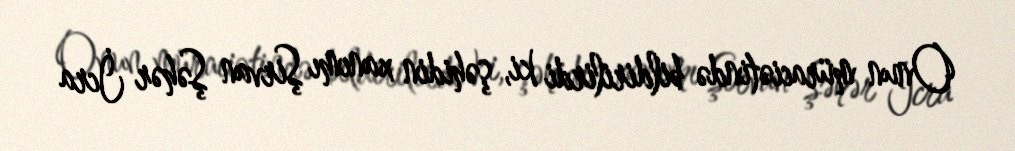
Onun müraciətində bildirilirdi ki, şəhidin xanımı Şirvan Şəhər İcra